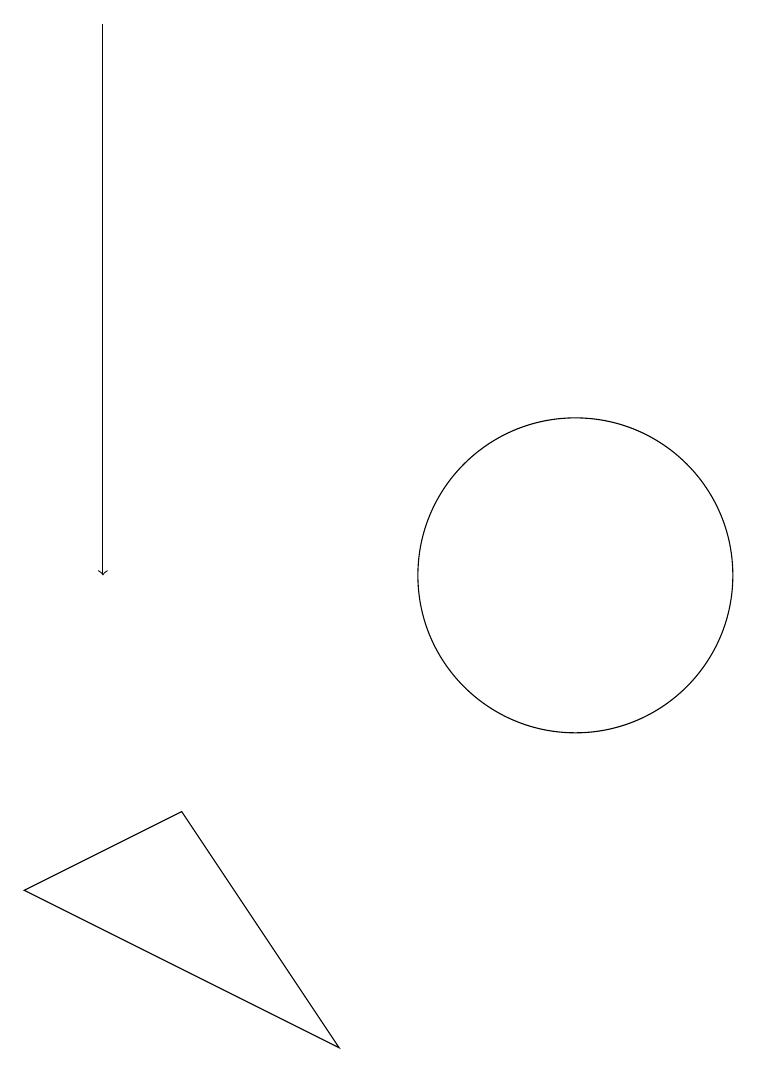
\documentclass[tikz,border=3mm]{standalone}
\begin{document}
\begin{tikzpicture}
\draw[->] (5,18) -- (5,11);
\draw (8,5) -- (6,8) -- (4,7) -- cycle;
\draw (11,11) circle (2);
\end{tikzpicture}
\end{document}